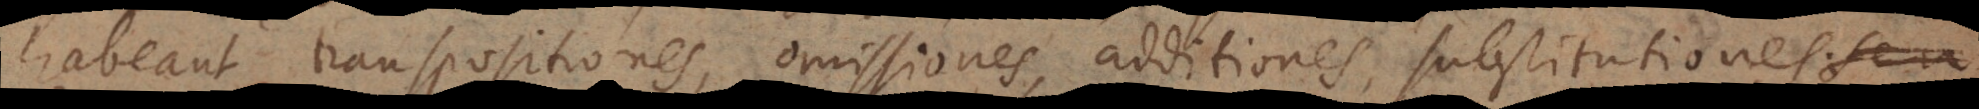
habeant transpositiones, omissiones, additiones, substitutionesseu;